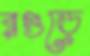
রগুড়ে